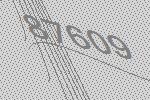
87609